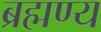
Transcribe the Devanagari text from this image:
ब्रह्मण्य